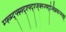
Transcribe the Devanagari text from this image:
म्फ्व्म्द्फ्म्न्फ्द्श्फ्द्श्ज्क्स्ज्फ्द्ज्ख्स्र्फिप्स्व्झ्र्